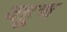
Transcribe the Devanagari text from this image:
बहुच